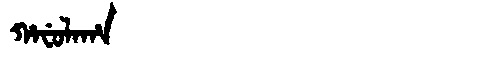
Manchu: ᡥᠠᠸᡠᠯᠠᡥᠠ
Romanization: HAFULAHA